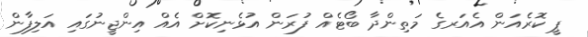
ޕީ ކޮރެއަން އެއަރގެ މަތިންދާ ބޯޓެއް ފުރަން އުޅެނިކޮށް އެއް އިންޖީނުގައި އަލިފާން